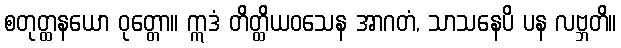
စတုတ္ထနယော ဝုတ္တော။ ဣဒံ တိတ္ထိယဝသေန အာဂတံ, သာသနေပိ ပန လဗ္ဘတိ။